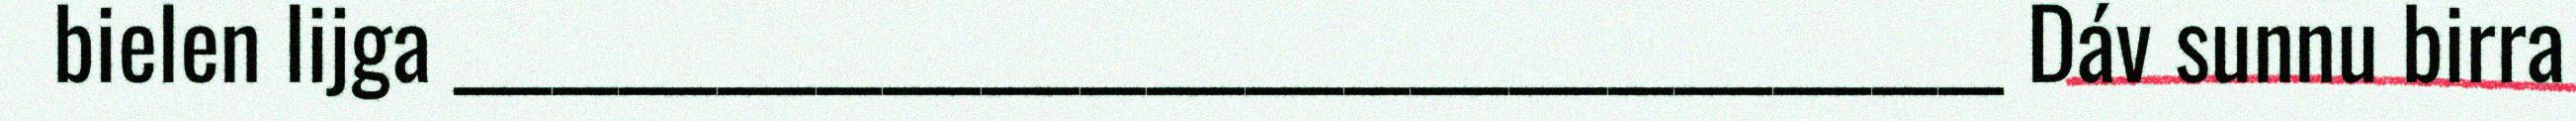
bielen lijga _______________________________________________ Dáv sunnu birra